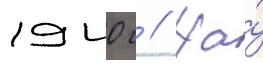
1940 г // На́